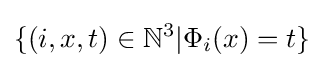
\{(i,x,t)\in \mathbb {N} ^{3}|\Phi _{i}(x)=t\}